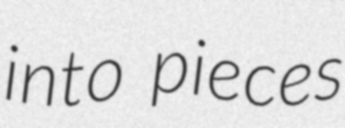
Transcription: into pieces